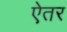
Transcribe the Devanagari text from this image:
ऐतर